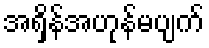
အရှိန်အဟုန်မပျက်